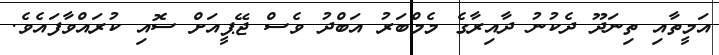
އަމީތާއި ތިނަދޫ ދެކުނު ދާއިރާގެ މެމްބަރު އަބްދު ވެސް ޖޭޕީއަށް ސޮއި ކުރައްވާފައެވެ.